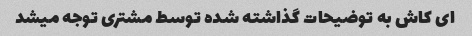
ای کاش به توضیحات گذاشته شده توسط مشتری توجه میشد